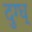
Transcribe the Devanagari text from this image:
दुग्ध्